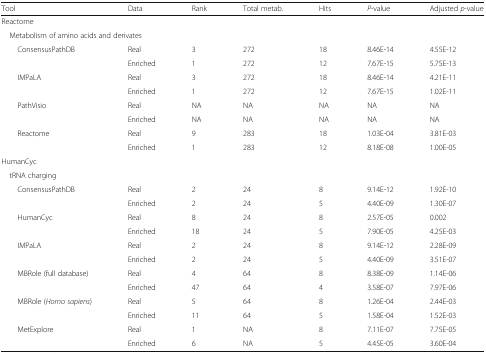
<table><thead><tr><td><b>Tool</b></td><td><b>Data</b></td><td><b>Rank</b></td><td><b>Total metab.</b></td><td><b>Hits</b></td><td><b><i>P</i>-value</b></td><td><b>Adjusted <i>p</i>-value</b></td></tr></thead><tbody><tr><td colspan="7">Reactome</td></tr><tr><td colspan="7"> Metabolism of amino acids and derivates</td></tr><tr><td rowspan="2">ConsensusPathDB</td><td>Real</td><td>3</td><td>272</td><td>18</td><td>8.46E-14</td><td>4.55E-12</td></tr><tr><td>Enriched</td><td>1</td><td>272</td><td>12</td><td>7.67E-15</td><td>5.75E-13</td></tr><tr><td rowspan="2">IMPaLA</td><td>Real</td><td>3</td><td>272</td><td>18</td><td>8.46E-14</td><td>4.21E-11</td></tr><tr><td>Enriched</td><td>1</td><td>272</td><td>12</td><td>7.67E-15</td><td>1.02E-11</td></tr><tr><td rowspan="2">PathVisio</td><td>Real</td><td>NA</td><td>NA</td><td>NA</td><td>NA</td><td>NA</td></tr><tr><td>Enriched</td><td>NA</td><td>NA</td><td>NA</td><td>NA</td><td>NA</td></tr><tr><td rowspan="2">Reactome</td><td>Real</td><td>9</td><td>283</td><td>18</td><td>1.03E-04</td><td>3.81E-03</td></tr><tr><td>Enriched</td><td>1</td><td>283</td><td>12</td><td>8.18E-08</td><td>1.00E-05</td></tr><tr><td colspan="7">HumanCyc</td></tr><tr><td colspan="7"> tRNA charging</td></tr><tr><td rowspan="2">ConsensusPathDB</td><td>Real</td><td>2</td><td>24</td><td>8</td><td>9.14E-12</td><td>1.92E-10</td></tr><tr><td>Enriched</td><td>2</td><td>24</td><td>5</td><td>4.40E-09</td><td>1.30E-07</td></tr><tr><td rowspan="2">HumanCyc</td><td>Real</td><td>8</td><td>24</td><td>8</td><td>2.57E-05</td><td>0.002</td></tr><tr><td>Enriched</td><td>18</td><td>24</td><td>5</td><td>7.90E-05</td><td>4.25E-03</td></tr><tr><td rowspan="2">IMPaLA</td><td>Real</td><td>2</td><td>24</td><td>8</td><td>9.14E-12</td><td>2.28E-09</td></tr><tr><td>Enriched</td><td>2</td><td>24</td><td>5</td><td>4.40E-09</td><td>3.51E-07</td></tr><tr><td rowspan="2">MBRole (full database)</td><td>Real</td><td>4</td><td>64</td><td>8</td><td>8.38E-09</td><td>1.14E-06</td></tr><tr><td>Enriched</td><td>47</td><td>64</td><td>4</td><td>3.58E-07</td><td>7.97E-06</td></tr><tr><td rowspan="2">MBRole (<i>Homo sapiens</i>)</td><td>Real</td><td>5</td><td>64</td><td>8</td><td>1.26E-04</td><td>2.44E-03</td></tr><tr><td>Enriched</td><td>11</td><td>64</td><td>5</td><td>1.58E-04</td><td>1.52E-03</td></tr><tr><td rowspan="2">MetExplore</td><td>Real</td><td>1</td><td>NA</td><td>8</td><td>7.11E-07</td><td>7.75E-05</td></tr><tr><td>Enriched</td><td>6</td><td>NA</td><td>5</td><td>4.45E-05</td><td>3.60E-04</td></tr></tbody></table>